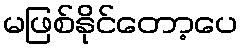
မဖြစ်နိုင်တော့ပေ